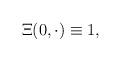
LaTeX: \begin{align*} \Xi(0,\cdot)\equiv 1,\end{align*}